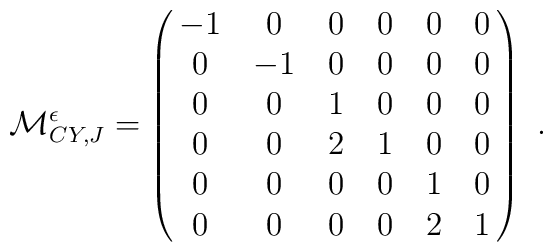
{\cal M}^\epsilon_{CY,J}=\pmatrix{-1& 0& 0& 0& 0& 0\cr 0& -1& 0& 0& 0& 0\cr  0& 0& 1& 0& 0& 0\cr0& 0& 2& 1& 0& 0\cr 0& 0& 0& 0& 1& 0\cr 0& 0& 0& 0& 2& 1} \ .